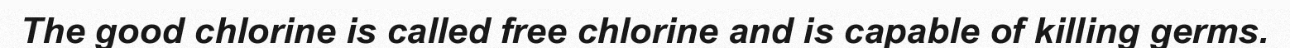
The good chlorine is called free chlorine and is capable of killing germs.